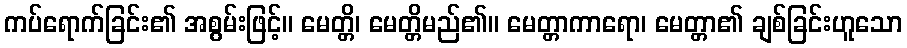
ကပ်ရောက်ခြင်း၏ အစွမ်းဖြင့်။ မေတ္တိ၊ မေတ္တိမည်၏။ မေတ္တာကာရော၊ မေတ္တာ၏ ချစ်ခြင်းဟူသော